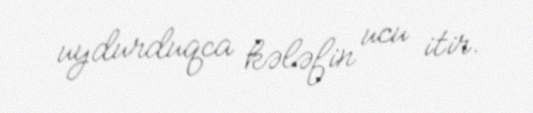
uydurduqca kələfin ucu itir.